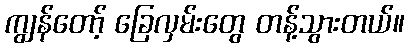
ကျွန်တော့် ခြေလှမ်းတွေ တန့်သွားတယ်။